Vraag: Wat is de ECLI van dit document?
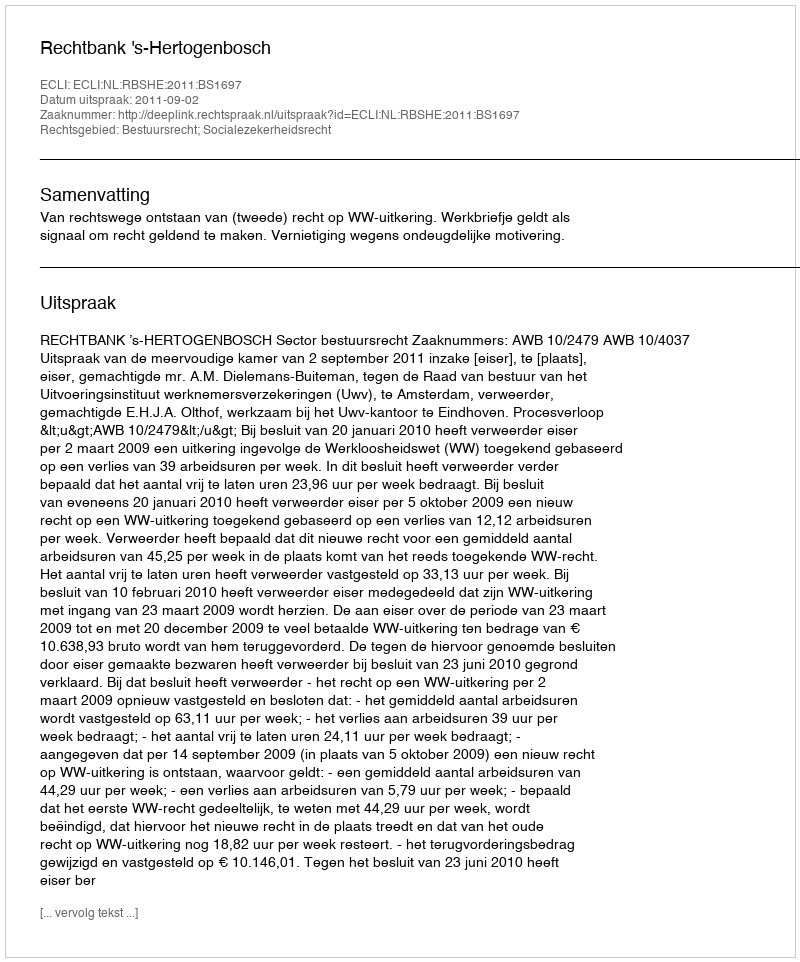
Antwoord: ECLI:NL:RBSHE:2011:BS1697